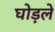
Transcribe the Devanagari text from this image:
घोड़ले